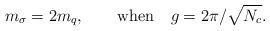
\begin{align*}m_{\sigma } = 2 m_q, ~~~~~~{\rm when}~~~ g=2 \pi/\sqrt{N_c}.\end{align*}